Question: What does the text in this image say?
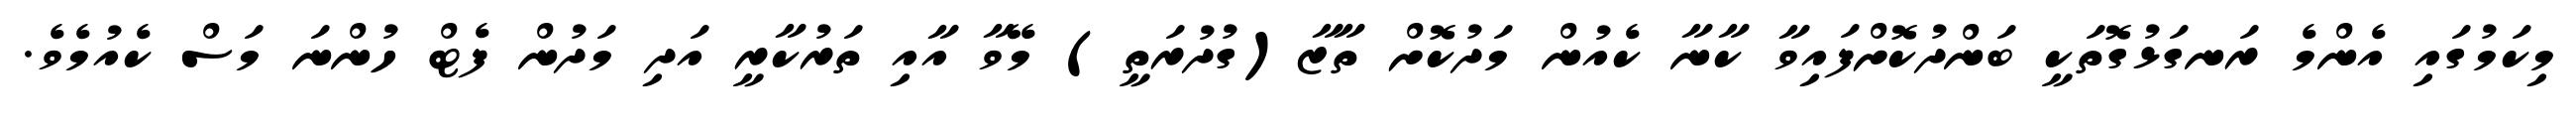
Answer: މިކަމުގައި އެންމެ ރަނގަޅުގޮތަކީ ބަންދުކޮށްފައިވާ ކާނާ ކެއުން މަދުކޮށް ތާޒާ(ގުދުރަތީ) މޭވާ އާއި ތަރުކާރީ އަދި މަދުން ފެޓް ހުންނަ މަސް ކެއުމެވެ.